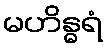
မဟိန္ဓရံ